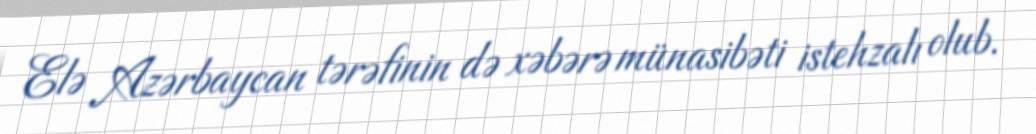
Elə Azərbaycan tərəfinin də xəbərə münasibəti istehzalı olub.